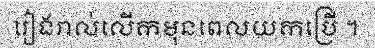
រៀងរាល់លើកមុនពេលយកប្រើ ។